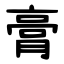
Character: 膏